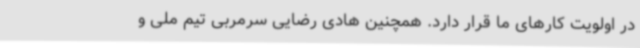
در اولویت کارهای ما قرار دارد. همچنین هادی رضایی سرمربی تیم ملی و